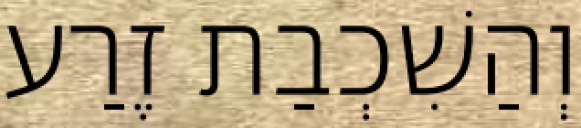
וְהַשִׁכְבַת זֶרַע